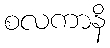
စလကာနိ